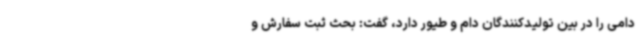
دامی را در بین تولیدکنندگان دام و طیور دارد، گفت: بحث ثبت سفارش و